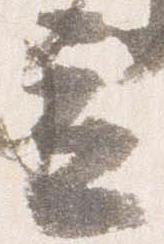
立